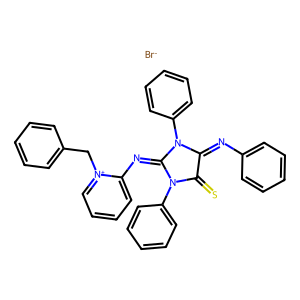
SMILES: S=C1C(=Nc2ccccc2)N(c2ccccc2)C(=Nc2cccc[n+]2Cc2ccccc2)N1c1ccccc1.[Br-]
Inhibits HIV replication: No